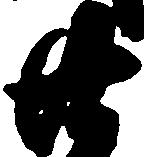
廿